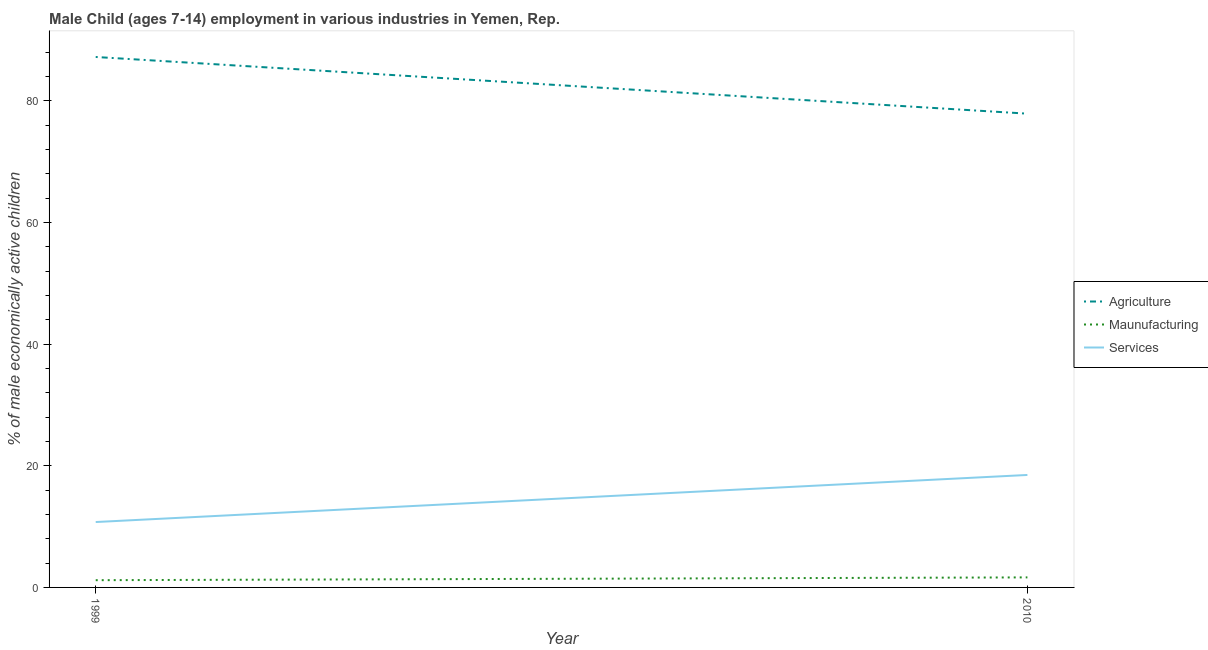
| Year | Agriculture | Maunufacturing | Services |
 | --- | --- | --- | --- |
 | 1999 | 87.2 | 1.19 | 10.8 |
 | 2010 | 77.9 | 1.65 | 18.5 |